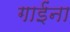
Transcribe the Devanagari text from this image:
गाईंना